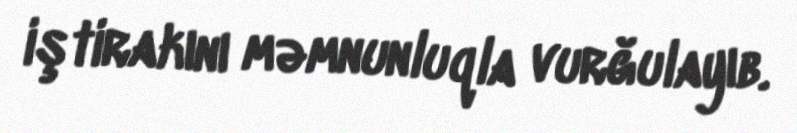
iştirakını məmnunluqla vurğulayıb.